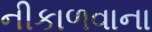
નીકાળવાના